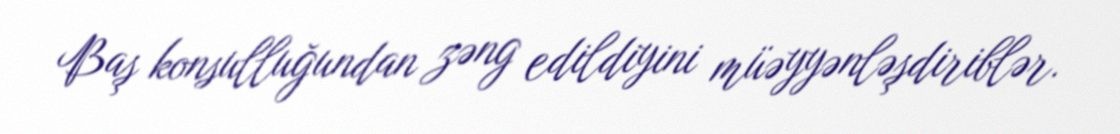
Baş konsulluğundan zəng edildiyini müəyyənləşdiriblər.